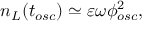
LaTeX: n _ { L } ( t _ { o s c } ) \simeq \varepsilon \omega \phi _ { o s c } ^ { 2 } ,